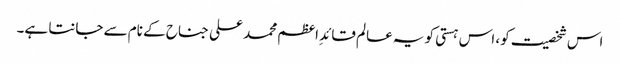
اس شخصیت کو، اس ہستی کو یہ عالم قائدِ اعظم محمد علی جناح کے نام سے جانتا ہے۔